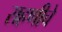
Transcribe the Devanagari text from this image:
राहणीचे